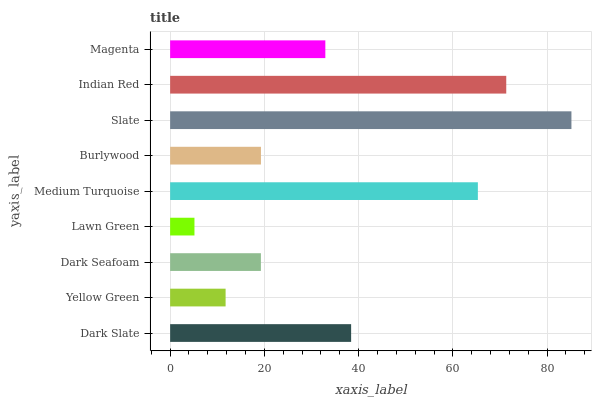
| yaxis_label | bars |
 | --- | --- |
 | Dark Slate | 38.4 |
 | Yellow Green | 11.8 |
 | Dark Seafoam | 19.3 |
 | Lawn Green | 5.16 |
 | Medium Turquoise | 65.3 |
 | Burlywood | 19.3 |
 | Slate | 85.2 |
 | Indian Red | 71.3 |
 | Magenta | 32.9 |